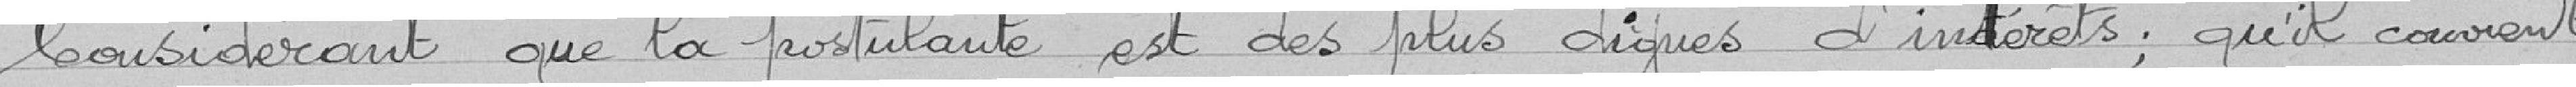
Considérant que la postulante est des plus dignes d'intérêts ; qu'il convient